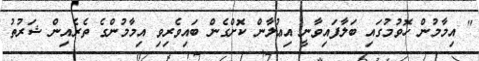
" އިމާމުން ހޮވުމުގައި ބަލާފައިވާނީ އިޢުލާން ކޮށްގެން ބައިވެރިވި އިމާމުންގެ ތެރެއިން ޝަރުތު